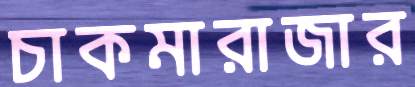
চাকমারাজার